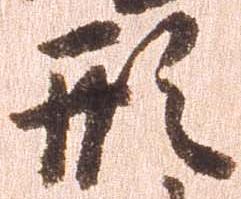
形